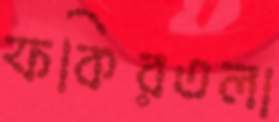
ফকিরতলা